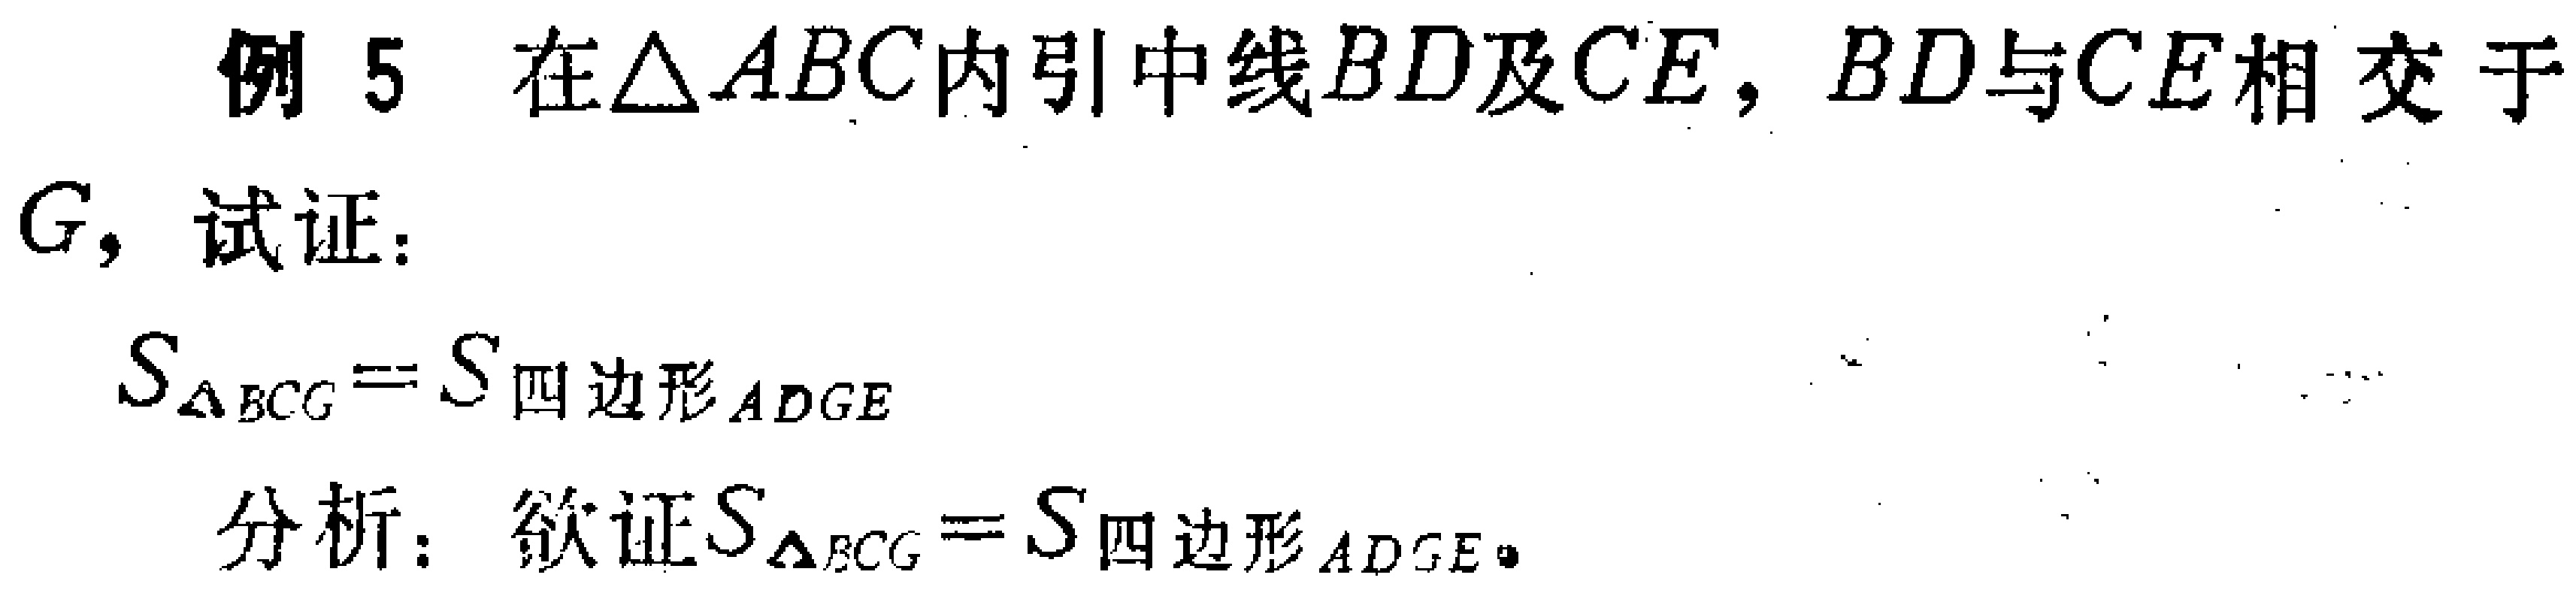
例 5 在$\triangle ABC$内引中线$BD$及$CE$，$BD$与$CE$相交于$G$，试证：

$S_{\triangle BCG}=S_{四边形ADGE}$

分析：欲证$S_{\triangle BCG}=S_{四边形ADGE}$。